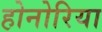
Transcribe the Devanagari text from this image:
होनोरिया